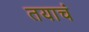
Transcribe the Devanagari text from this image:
तयाचं